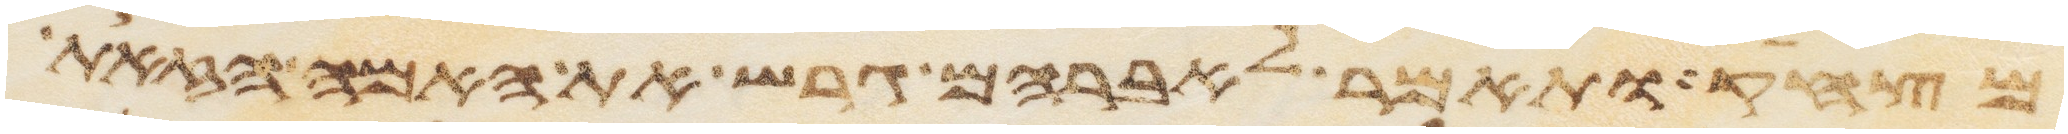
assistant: מצחק ותאמר לאברהם גרש את האמה הזאת